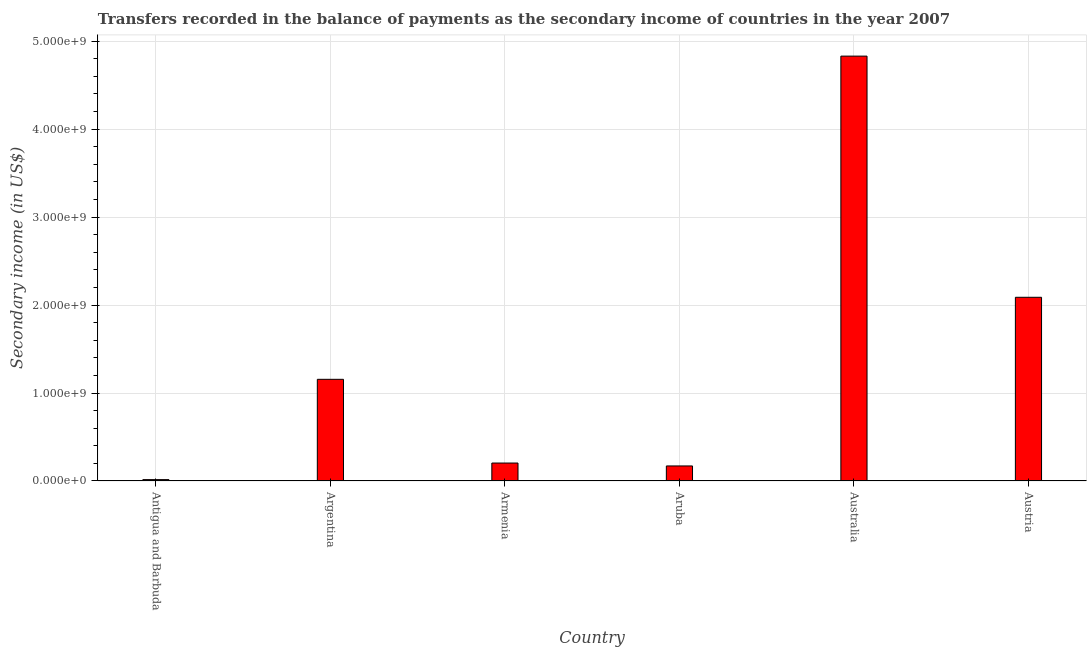
| Country | Secondary income |
 | --- | --- |
 | Antigua and Barbuda | 1.56e+07 |
 | Argentina | 1.16e+09 |
 | Armenia | 2.04e+08 |
 | Aruba | 1.71e+08 |
 | Australia | 4.83e+09 |
 | Austria | 2.09e+09 |